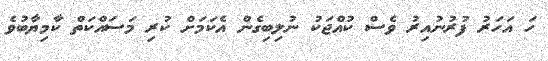
ހަ އަހަރު ފުރުނުއިރު ވެސް ކުއްޖަކު ނުލިބިގެން އެކަމަށް ކުރި މަސައްކަތް ކާމިޔާބުވެ